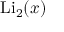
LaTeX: \operatorname { L i } _ { 2 } ( x )